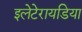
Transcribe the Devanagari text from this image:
इलेटेरायडिया